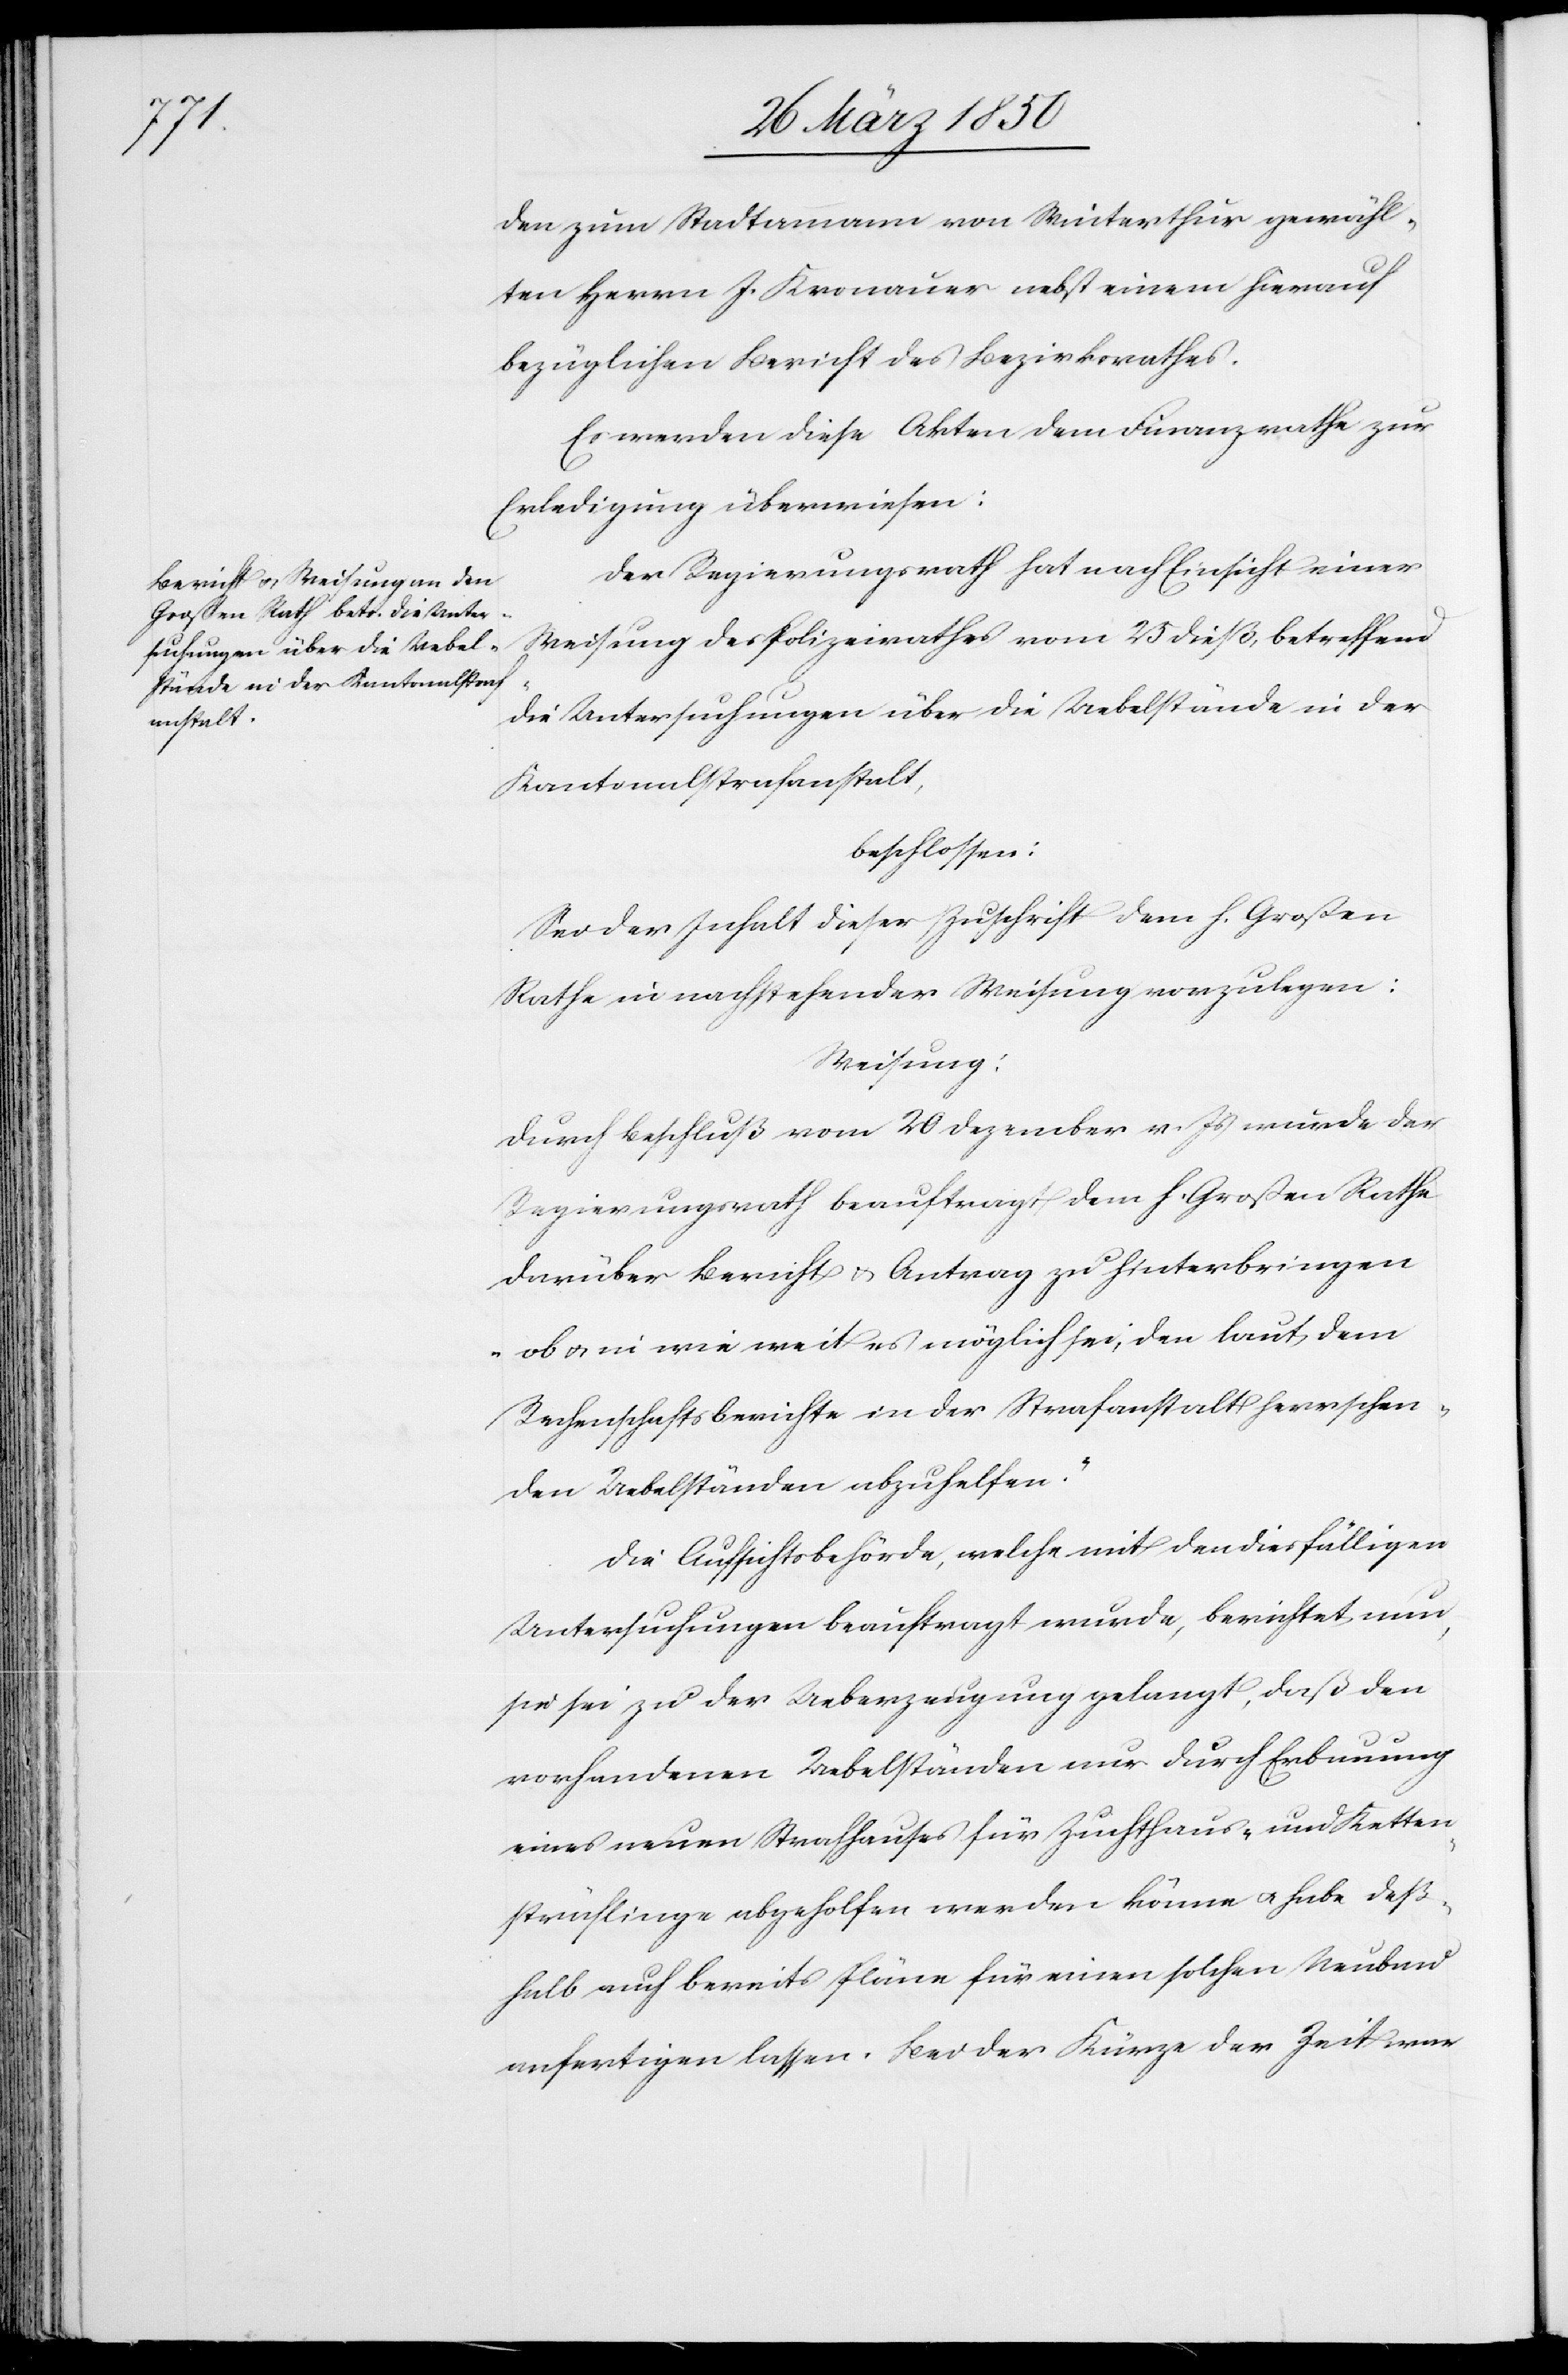
den zum Stadtammann von Winterthur gewähl¬
ten Herrn J. Kronauer nebst einem hierauf
bezüglichen Bericht des Bezirksrathes.
Es werden diese Akten dem Finanzrathe zur
Erledigung überwiesen:
Der Regierungsrath hat nach Einsicht einer
Weisung des Polizeirathes vom 25 dieß, betreffend
die Untersuchungen über die Uebelstände in der
Kantonalstrafanstalt,
beschlossen:
Sei der Inhalt dieser Zuschrift dem h. Großen
Rathe in nachstehender Weisung vorzulegen:
Weisung:
Durch Beschluß vom 20 Dezember v. Js wurde der
Regierungsrath beauftragt dem h. Großen Rathe
darüber Bericht u. Antrag zu hinterbringen
„ob u. in wie weit es möglich sei, den laut dem
Rechenschaftsberichte in der Strafanstalt herrschen¬
den Uebelständen abzuhelfen.“
Die Aufsichtsbehörde, welche mit den diesfälligen
Untersuchungen beauftragt wurde, berichtet nun,
sie sei zu der Ueberzeugung gelangt, daß den
vorhandenen Uebelständen nur durch Erbauung
eines neuen Strafhauses für Zuchthaus- und Ketten¬
sträflinge abgeholfen werden könne u. habe deß¬
halb auch bereits Pläne für einen solchen Neubau
anfertigen lassen. Bei der Kürze der Zeit war